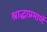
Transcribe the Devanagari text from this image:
श्राद्धाप्रमाणें